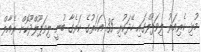
މުޅި ކެރިއަރު ލިވަޕޫލްގައި ހޭދަކުރި 35 އަހަރުގެ ކަރެގާ ބުނީ ލިވަޕޫލްދޫކޮށް ރެއާލް